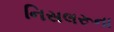
નિસલરૂના